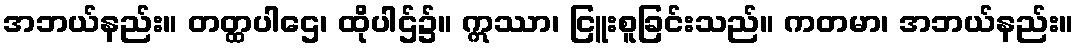
အဘယ်နည်း။ တတ္ထပါဌေ၊ ထိုပါဌ်၌။ ဣဿာ၊ ငြူးစူခြင်းသည်။ ကတမာ၊ အဘယ်နည်း။